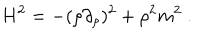
LaTeX: H ^ { 2 } = - ( \rho \partial _ { \rho } ) ^ { 2 } + \rho ^ { 2 } m ^ { 2 } ~ .